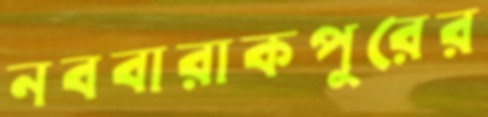
নববারাকপুরের